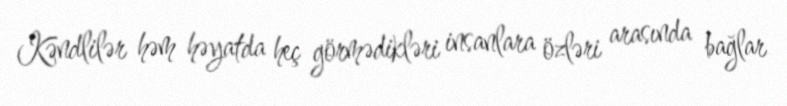
Kəndlilər həm həyatda heç görmədikləri insanlara özləri arasında bağlar